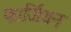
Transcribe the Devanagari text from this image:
फार्जियन